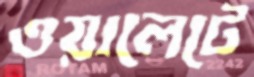
ওয়ালেটে